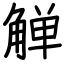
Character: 觯